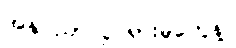
အနုပညာလှုပ်ရှားမှုတွေနဲ့။